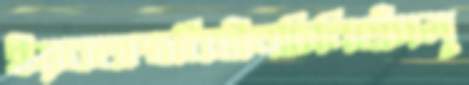
ইয়বঅস্ত্রবিহীনচিনিহাঁসলু